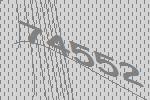
74552